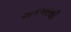
અકબરથી